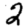
Digit: 2